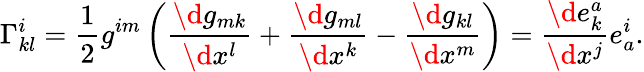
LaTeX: \Gamma_{kl}^{i}=\frac{1}{2}g^{im}\left(\frac{\d g_{mk}}{\d x^{l}}+\frac{\d g_{ml}}{\d x^{k}}-\frac{\d g_{kl}}{\d x^{m}}\right)=\frac{\d e_{k}^{a}}{\d x^{j}}e_{a}^{i}.